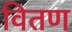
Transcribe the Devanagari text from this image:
वितण